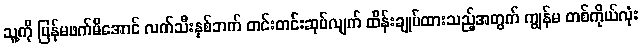
သူ့ကို ပြန်မဖက်မိအောင် လက်သီးနှစ်ဘက် တင်းတင်းဆုပ်လျက် ထိန်းချုပ်ထားသည့်အတွက် ကျွန်မ တစ်ကိုယ်လုံး